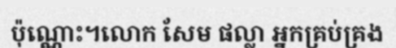
ប៉ុណ្ណោះ។លោក សែម ផល្លា អ្នកគ្រប់គ្រង